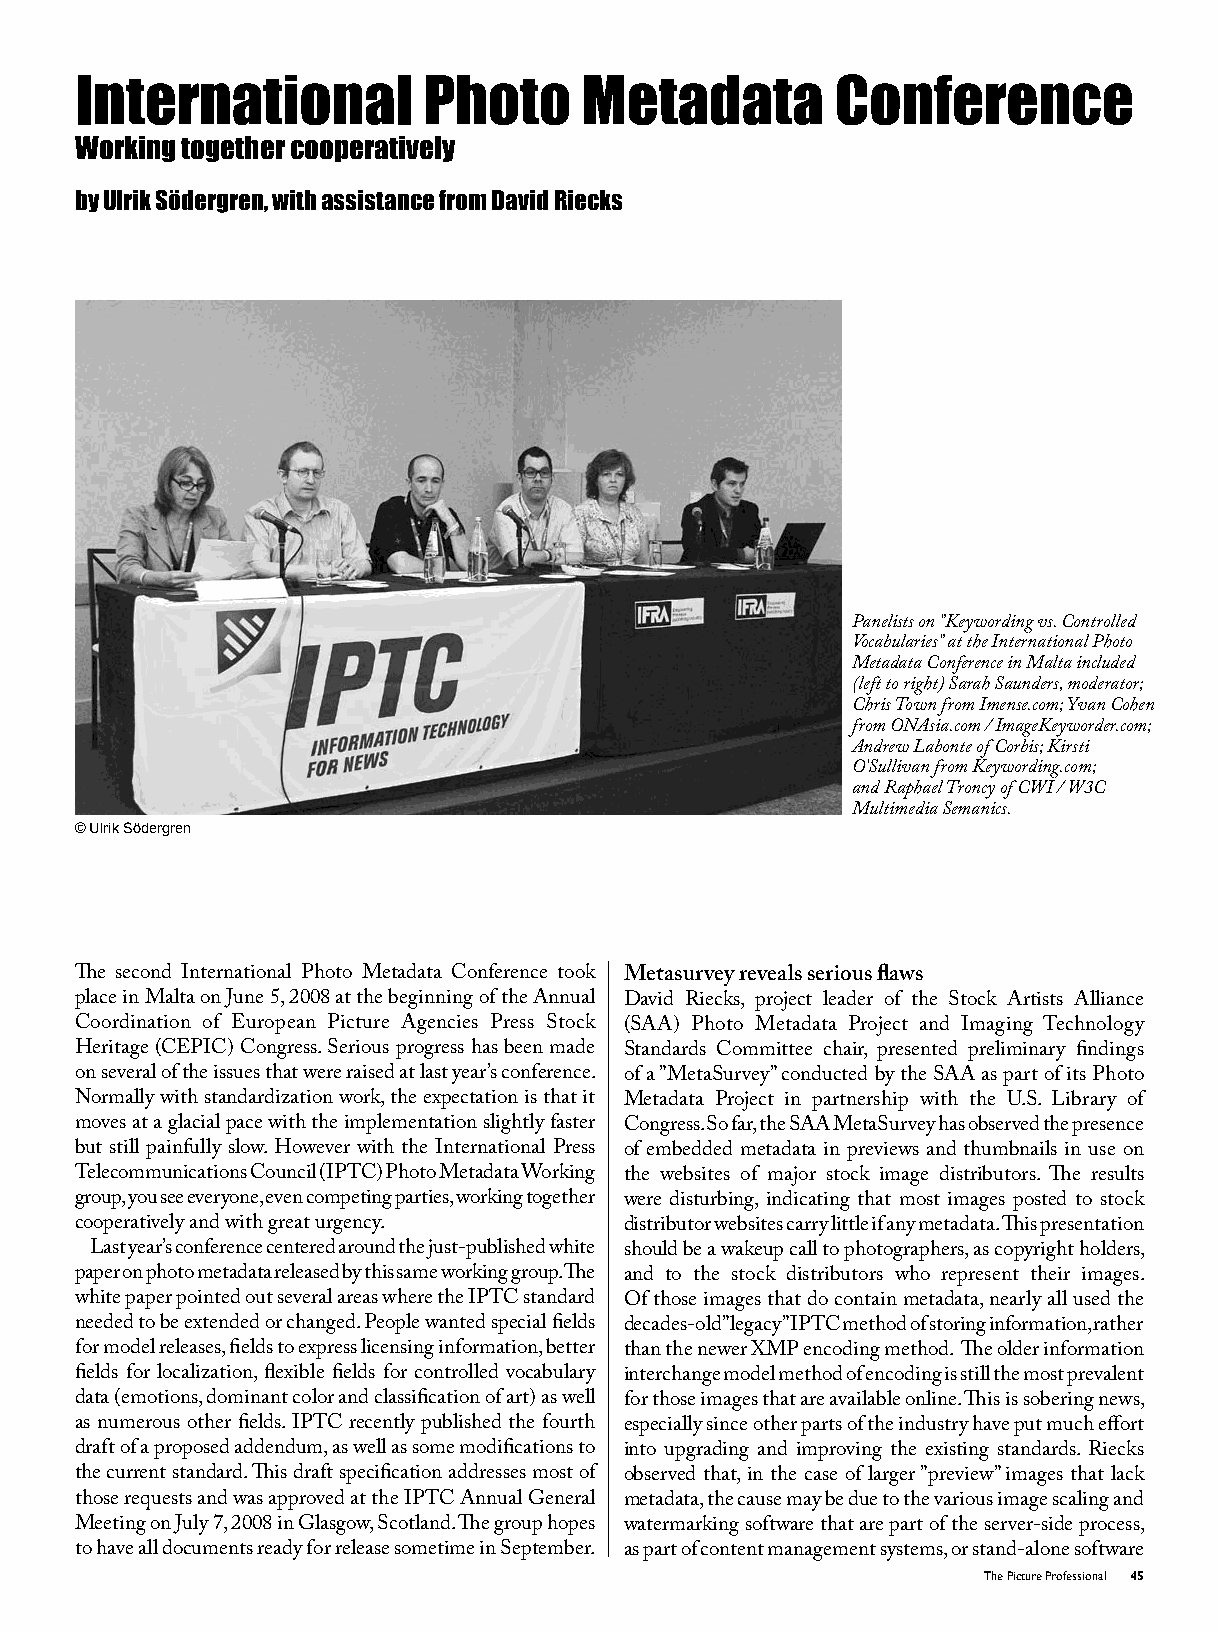
International          Photo      Metadata        Conference
 Working together cooperatively
 by Ulrik Södergren, with assistance from David Riecks
 Panelists on ”Keywording vs. Controlled
 Vocabularies” at the International Photo
 Metadata Conference in Malta included
 (left to right) Sarah Saunders, moderator;
 Chris Town from Imense.com; Yvan Cohen
 from ONAsia.com / ImageKeyworder.com;
 Andrew Labonte of Corbis; Kirsti
 O’Sullivan from Keywording.com;
 and Raphael Troncy of CWI / W3C
 Multimedia Semanics.
 © Ulrik Södergren
 The second International Photo Metadata Conference took Metasurvey reveals serious flaws
 place in Malta on June 5, 2008 at the beginning of the Annual David Riecks, project leader of the Stock Artists Alliance
 Coordination of European Picture Agencies Press Stock (SAA) Photo Metadata Project and Imaging Technology
 Heritage (CEPIC) Congress. Serious progress has been made Standards Committee chair, presented preliminary findings
 on several of the issues that were raised at last year’s conference. of a ”MetaSurvey” conducted by the SAA as part of its Photo
 Normally with standardization work, the expectation is that it Metadata Project in partnership with the U.S. Library of
 moves at a glacial pace with the implementation slightly faster Congress. So far, the SAA MetaSurvey has observed the presence
 but still painfully slow. However with the International Press of embedded metadata in previews and thumbnails in use on
 Telecommunications Council (IPTC) Photo Metadata Working the websites of major stock image distributors. The results
 group, you see everyone, even competing parties, working together were disturbing, indicating that most images posted to stock
 cooperatively and with great urgency. distributor websites carry little if any metadata. This presentation
 Last year’s conference centered around the just-published white should be a wakeup call to photographers, as copyright holders,
 paper on photo metadata released by this same working group. The and to the stock distributors who represent their images.
 white paper pointed out several areas where the IPTC standard Of those images that do contain metadata, nearly all used the
 needed to be extended or changed. People wanted special fields decades-old ”legacy” IPTC method of storing information, rather
 for model releases, fields to express licensing information, better than the newer XMP encoding method. The older information
 fields for localization, flexible fields for controlled vocabulary interchange model method of encoding is still the most prevalent
 data (emotions, dominant color and classification of art) as well for those images that are available online. This is sobering news,
 as numerous other fields. IPTC recently published the fourth especially since other parts of the industry have put much effort
 draft of a proposed addendum, as well as some modifications to into upgrading and improving the existing standards. Riecks
 the current standard. This draft specification addresses most of observed that, in the case of larger ”preview” images that lack
 those requests and was approved at the IPTC Annual General metadata, the cause may be due to the various image scaling and
 Meeting on July 7, 2008 in Glasgow, Scotland. The group hopes watermarking software that are part of the server-side process,
 to have all documents ready for release sometime in September. as part of content management systems, or stand-alone software
 The Picture Professional 45